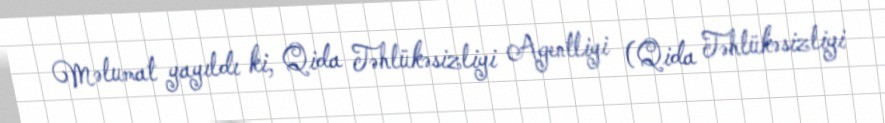
Məlumat yayıldı ki, Qida Təhlükəsizliyi Agentliyi (Qida Təhlükəsizliyi